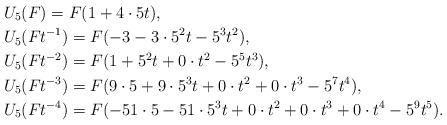
LaTeX: \begin{align*}&U_5(F)=F(1+4\cdot 5 t), \\&U_5(Ft^{-1})=F(-3-3\cdot 5^2 t-5^3 t^2), \\&U_5(Ft^{-2})=F(1+5^2t+0\cdot t^2 -5^5t^3), \\&U_5(Ft^{-3})=F(9\cdot 5+9\cdot 5^3 t+0\cdot t^2+0\cdot t^3-5^7t^4), \\&U_5(Ft^{-4})=F(-51\cdot 5-51\cdot 5^3t +0\cdot t^2+0\cdot t^3+0\cdot t^4-5^9 t^5).\end{align*}